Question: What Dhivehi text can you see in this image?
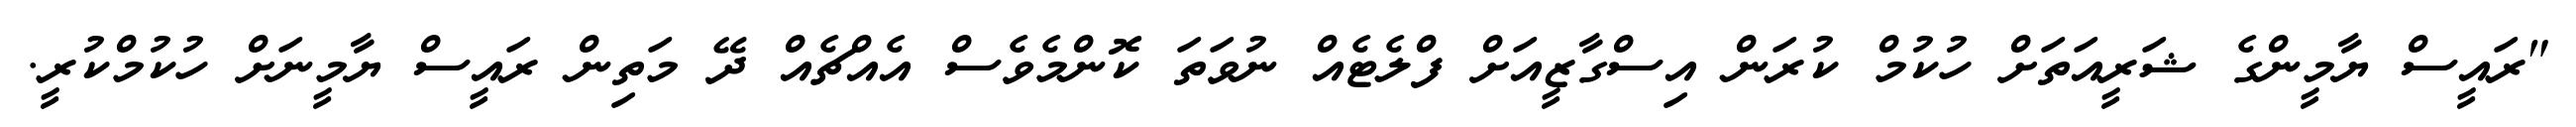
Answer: "ރައީސް ޔާމީންގެ ޝަރީއަތަށް ހުކުމް ކުރަން އިސްގާޒީއަށް ފްލެޓެއް ނުވަތަ ކޮންމެވެސް އެއްޗެއް ދޭ މަތިން ރައީސް ޔާމީނަށް ހުކުމްކުރީ.